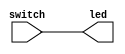
//21EDA.
//www.21eda.com
//PWM
// 1 2 3 4 5 6 7 8
//LED
//key1 key2 key3 key4 
//21EDA
module swith(
		switch,
		led
		);					    // led
		
input	[7:0] 	switch;		    //
output	[7:0]	led;			//LED

assign led =	switch;			//LED

endmodule